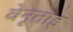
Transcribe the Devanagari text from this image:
वेनूताइ